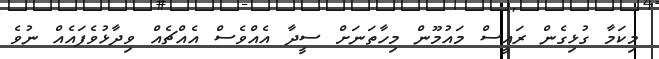
މިކަމާ ގުޅިގެން ރައީސް މައުމޫން މިހާތަނަށް ސީދާ އެއްވެސް އެއްޗެއް ވިދާޅުވެފައެއް ނުވެ